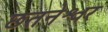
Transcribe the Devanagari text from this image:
छतनेश्वर